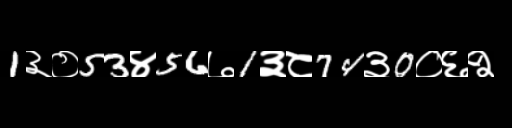
Text: 1३०53४56७1३८74३0०६२